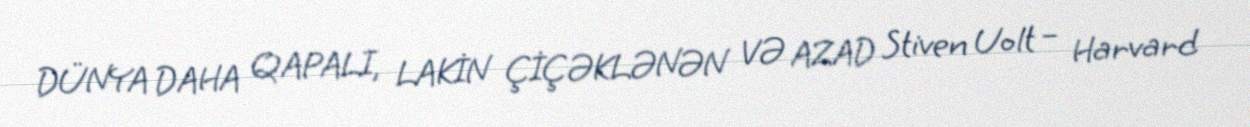
DÜNYA DAHA QAPALI, LAKİN ÇİÇƏKLƏNƏN VƏ AZAD Stiven Uolt – Harvard